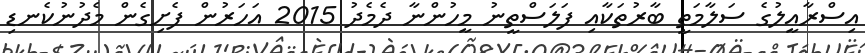
އިސްރާއީލުގެ ސަލާމަތީ ބާރުތަކާއި ފަލަސްތީނު މީހުންނާ ދެމެދު 2015 އަހަރުން ފެށިގެން މެދުނުކެނޑި